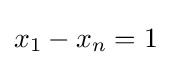
x_{1}-x_{n}=1